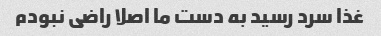
غذا سرد رسید به دست ما اصلا راضی نبودم